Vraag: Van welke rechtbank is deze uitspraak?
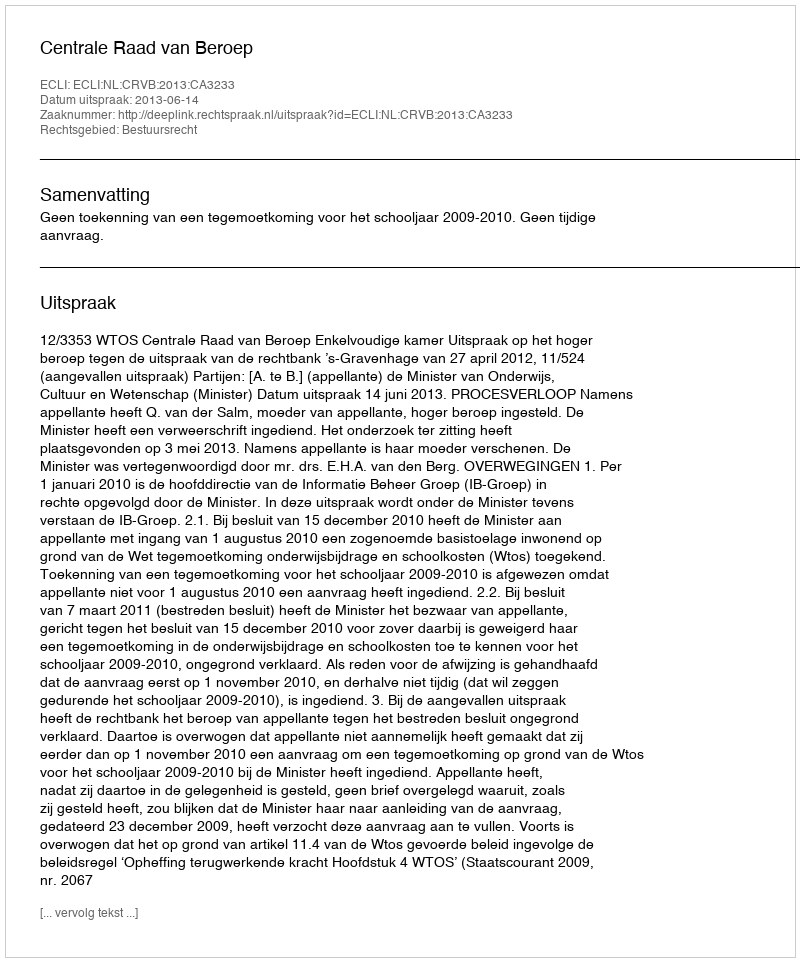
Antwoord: Centrale Raad van Beroep